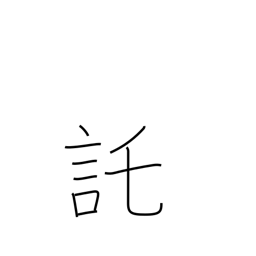
Meaning: pretend